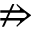
\nRightarrow